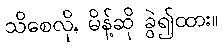
သိစေလို, မိန့်ဆို ခွဲ၍ထား။